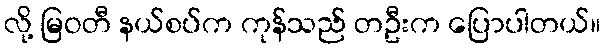
လို့ မြဝတီ နယ်စပ်က ကုန်သည် တဦးက ပြောပါတယ်။